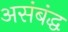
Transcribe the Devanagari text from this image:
असंबंद्ध